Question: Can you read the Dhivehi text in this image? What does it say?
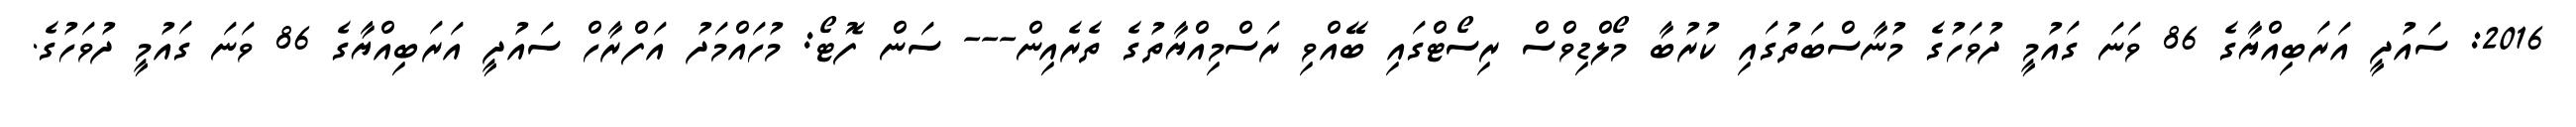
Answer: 2016: ސައުދީ އަރަބިއްޔާގެ 86 ވަނަ ގައުމީ ދުވަހުގެ މުނާސްބަތުގައި ކުރުބާ މޯލްޑިވްސް ރިސޯޓްގައި ބޭއްވި ރަސްމިއްޔާތުގެ ތެރެއިން--- ސަން ފޮޓޯ: މުހައްމަދު އަފްރާހް ސައުދީ އަރަބިއްޔާގެ 86 ވަނަ ގައުމީ ދުވަހުގެ.